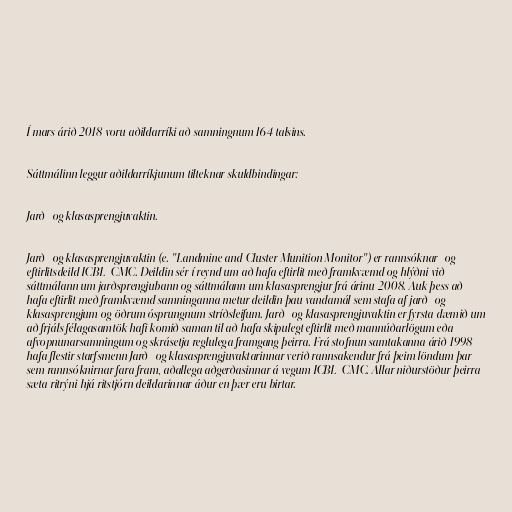
Í mars árið 2018 voru aðildarríki að samningnum 164 talsins.

Sáttmálinn leggur aðildarríkjunum tilteknar skuldbindingar:

Jarð- og klasasprengjuvaktin.

Jarð- og klasasprengjuvaktin (e. "Landmine and Cluster Munition Monitor") er rannsóknar- og
eftirlitsdeild ICBL-CMC. Deildin sér í reynd um að hafa eftirlit með framkvæmd og hlýðni við
sáttmálann um jarðsprengjubann og sáttmálann um klasasprengjur frá árinu 2008. Auk þess að
hafa eftirlit með framkvæmd samninganna metur deildin þau vandamál sem stafa af jarð- og
klasasprengjum og öðrum ósprungnum stríðsleifum. Jarð- og klasasprengjuvaktin er fyrsta dæmið um
að frjáls félagasamtök hafi komið saman til að hafa skipulegt eftirlit með mannúðarlögum eða
afvopnunarsamningum og skrásetja reglulega framgang þeirra. Frá stofnun samtakanna árið 1998
hafa flestir starfsmenn Jarð- og klasasprengjuvaktarinnar verið rannsakendur frá þeim löndum þar
sem rannsóknirnar fara fram, aðallega aðgerðasinnar á vegum ICBL-CMC. Allar niðurstöður þeirra
sæta ritrýni hjá ritstjórn deildarinnar áður en þær eru birtar.